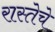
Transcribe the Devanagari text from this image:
रास्तेचे